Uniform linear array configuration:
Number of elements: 32
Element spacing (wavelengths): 0.5
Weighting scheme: blackman
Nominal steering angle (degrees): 30
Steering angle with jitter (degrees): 31.736
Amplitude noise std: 0.05
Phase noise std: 0.05

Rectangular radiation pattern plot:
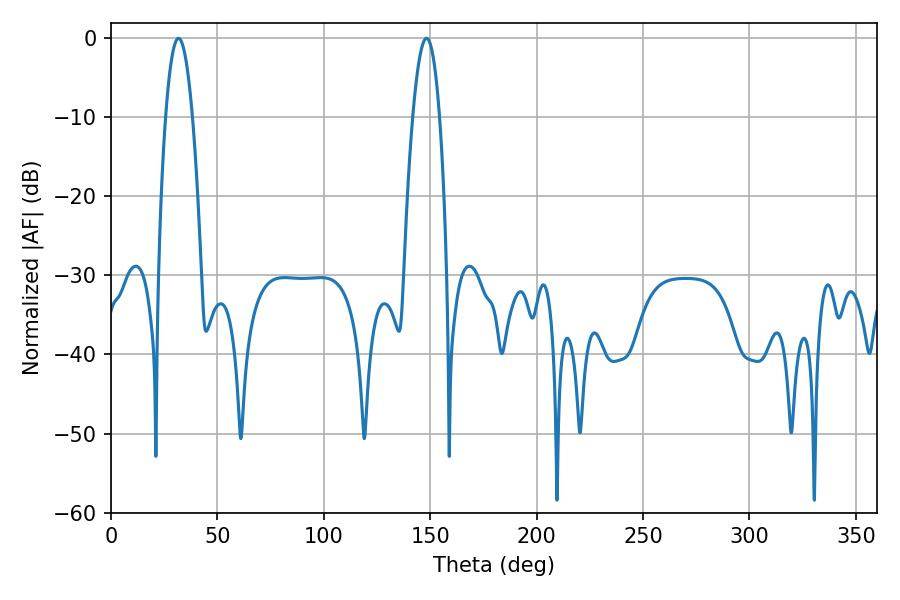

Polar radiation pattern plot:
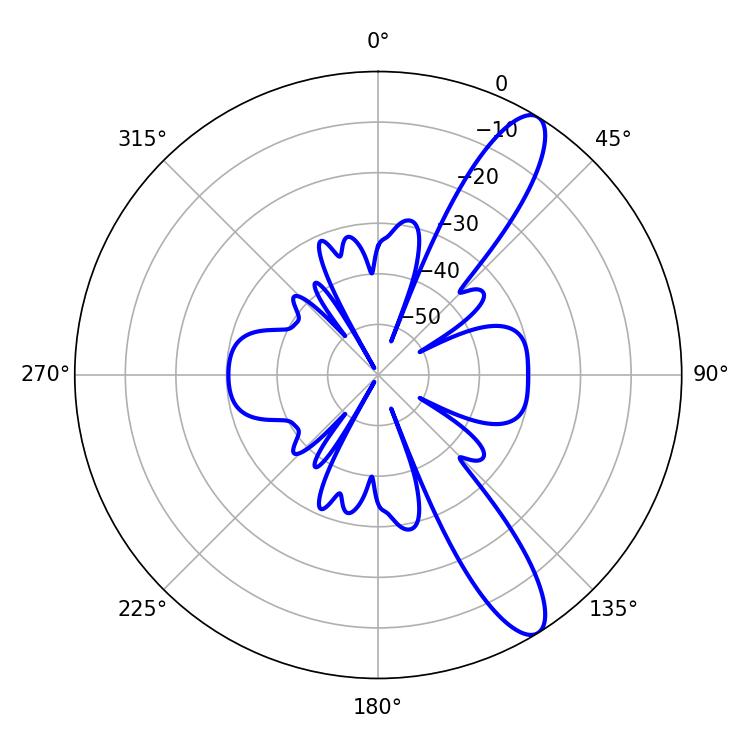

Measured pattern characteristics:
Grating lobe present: FALSE
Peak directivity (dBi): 11.622
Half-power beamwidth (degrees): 7.02
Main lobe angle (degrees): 31.68